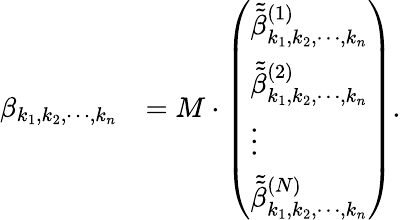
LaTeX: \begin{array}{rl}{\beta_{k_{1},k_{2},\cdots,k_{n}}}&{=M\cdot\left(\begin{array}{l}{\tilde{\tilde{\beta}}_{k_{1},k_{2},\cdots,k_{n}}^{(1)}}\\ {\tilde{\tilde{\beta}}_{k_{1},k_{2},\cdots,k_{n}}^{(2)}}\\ {\vdots}\\ {\tilde{\tilde{\beta}}_{k_{1},k_{2},\cdots,k_{n}}^{(N)}}\end{array}\right).}\end{array}